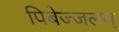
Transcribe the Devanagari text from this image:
पिबेज्जलम्